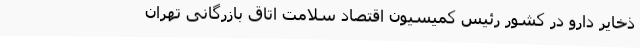
ذخایر دارو در کشور رئیس کمیسیون اقتصاد سلامت اتاق بازرگانی تهران